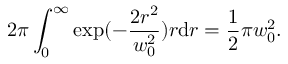
2 \pi \int _ { 0 } ^ { \infty } \exp ( - \frac { 2 r ^ { 2 } } { w _ { 0 } ^ { 2 } } ) r \mathrm { d } r = \frac { 1 } { 2 } \pi w _ { 0 } ^ { 2 } .